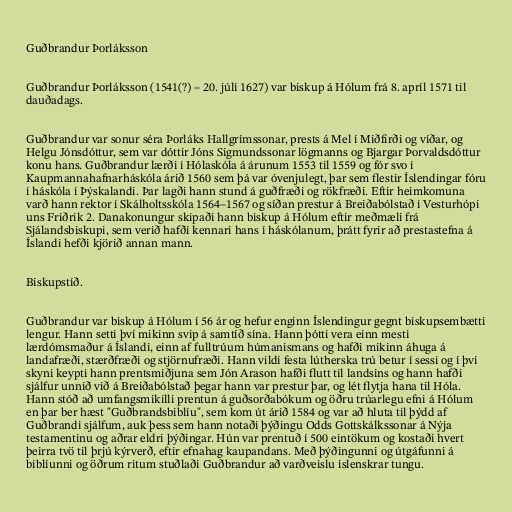
Guðbrandur Þorláksson

Guðbrandur Þorláksson (1541(?) – 20. júlí 1627) var biskup á Hólum frá 8. apríl 1571 til
dauðadags.

Guðbrandur var sonur séra Þorláks Hallgrímssonar, prests á Mel í Miðfirði og víðar, og
Helgu Jónsdóttur, sem var dóttir Jóns Sigmundssonar lögmanns og Bjargar Þorvaldsdóttur
konu hans. Guðbrandur lærði í Hólaskóla á árunum 1553 til 1559 og fór svo í
Kaupmannahafnarháskóla árið 1560 sem þá var óvenjulegt, þar sem flestir Íslendingar fóru
í háskóla í Þýskalandi. Þar lagði hann stund á guðfræði og rökfræði. Eftir heimkomuna
varð hann rektor í Skálholtsskóla 1564–1567 og síðan prestur á Breiðabólstað í Vesturhópi
uns Friðrik 2. Danakonungur skipaði hann biskup á Hólum eftir meðmæli frá
Sjálandsbiskupi, sem verið hafði kennari hans í háskólanum, þrátt fyrir að prestastefna á
Íslandi hefði kjörið annan mann.

Biskupstíð.

Guðbrandur var biskup á Hólum í 56 ár og hefur enginn Íslendingur gegnt biskupsembætti
lengur. Hann setti því mikinn svip á samtíð sína. Hann þótti vera einn mesti
lærdómsmaður á Íslandi, einn af fulltrúum húmanismans og hafði mikinn áhuga á
landafræði, stærðfræði og stjörnufræði. Hann vildi festa lútherska trú betur í sessi og í því
skyni keypti hann prentsmiðjuna sem Jón Arason hafði flutt til landsins og hann hafði
sjálfur unnið við á Breiðabólstað þegar hann var prestur þar, og lét flytja hana til Hóla.
Hann stóð að umfangsmikilli prentun á guðsorðabókum og öðru trúarlegu efni á Hólum
en þar ber hæst "Guðbrandsbiblíu", sem kom út árið 1584 og var að hluta til þýdd af
Guðbrandi sjálfum, auk þess sem hann notaði þýðingu Odds Gottskálkssonar á Nýja
testamentinu og aðrar eldri þýðingar. Hún var prentuð í 500 eintökum og kostaði hvert
þeirra tvö til þrjú kýrverð, eftir efnahag kaupandans. Með þýðingunni og útgáfunni á
biblíunni og öðrum ritum stuðlaði Guðbrandur að varðveislu íslenskrar tungu.